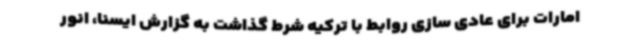
امارات برای عادی سازی روابط با ترکیه شرط گذاشت به گزارش ایسنا، انور